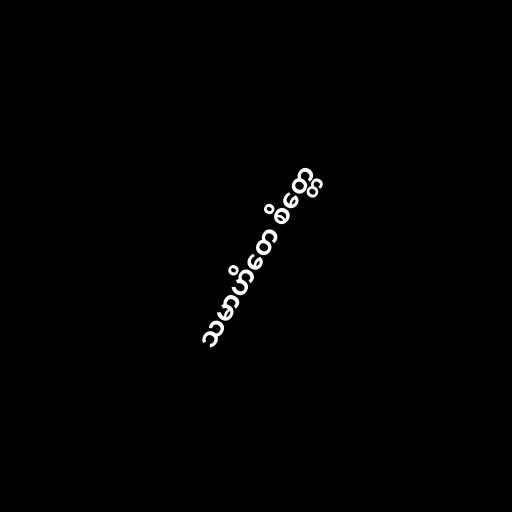
သမာဟိတေ စိတ္တေ